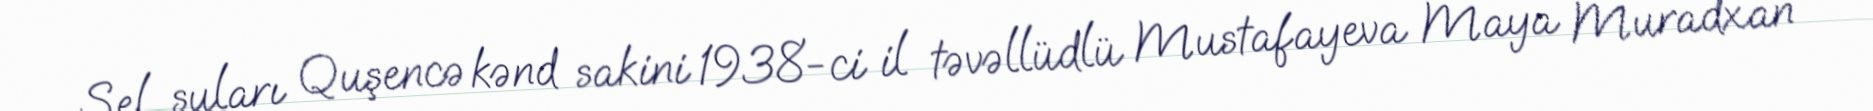
Sel suları Quşencə kənd sakini 1938-ci il təvəllüdlü Mustafayeva Maya Muradxan